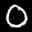
Label: 0